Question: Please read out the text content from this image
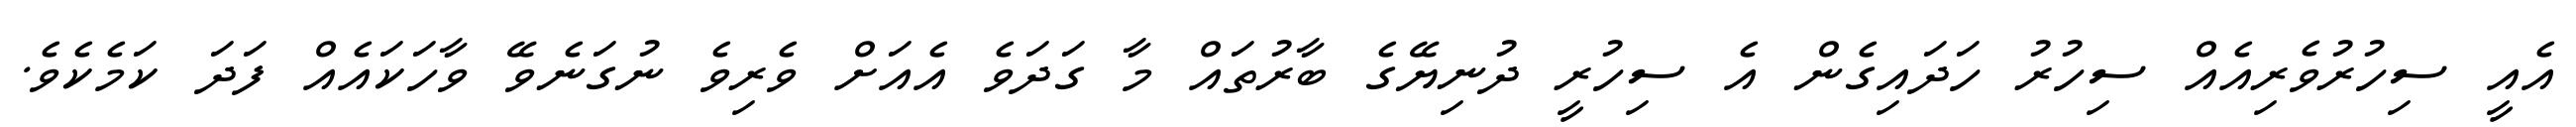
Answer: އެއީ ސިހުރުވެރިއެއް ސިހުރު ހަދައިގެން އެ ސިހުރީ ދުނިޔޭގެ ބާރުތައް މާ ގަދަވެ އެއަށް ވެރިވެ ނުގަނެވޭ ވާހަކައެއް ފަދަ ކަމެކެވެ.